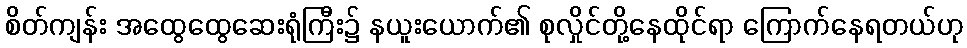
စိတ်ကျန်း အထွေထွေဆေးရုံကြီး၌ နယူးယောက်၏ စုလှိုင်တို့နေထိုင်ရာ ကြောက်နေရတယ်ဟု